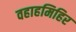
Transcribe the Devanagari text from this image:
वहाहमिहिर